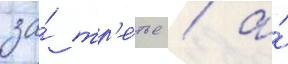
за́ тр'е́тье / а́